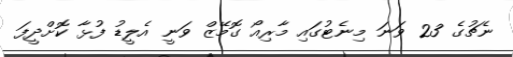
ނެޗުގެ 23 ވަނަ މިނެޓުގައި މާރިއޯ ގޮމޭޒް ވަނީ އެލީޑު ފުޅާ ކޮށްދީފަ